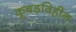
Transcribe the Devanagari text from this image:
कूबड़विहीन